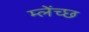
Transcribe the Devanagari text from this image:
म्लेंच्छ